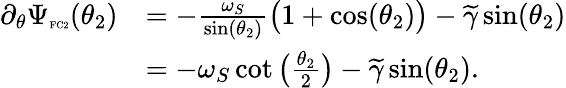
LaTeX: \begin{array}{rl}{\partial_{\theta}\Psi_{\textnormal{\tiny{FC2}}}(\theta_{2})}&{=-\frac{\omega_{S}}{\sin(\theta_{2})}\big(1+\cos(\theta_{2})\big)-\widetilde{\gamma}\sin(\theta_{2})}\\ &{=-\omega_{S}\cot\big(\frac{\theta_{2}}{2}\big)-\widetilde{\gamma}\sin(\theta_{2}).}\end{array}